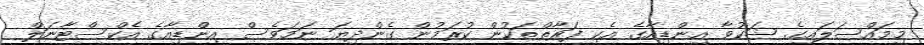
މިމައްސަލައިގެ ޝަކުވާ އިންޑިއާގެ އެކި ފަރާތްތަކުން ކުރަމުން ގެންދިޔަ ނަމަވެސް އިންޑިއާގެ އެކްސްޓާނަލް